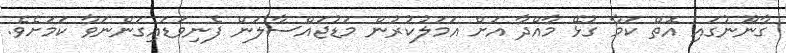
ގާނޫނުގައި އޮތް ކަމާ ގުޅޭ މާއްދާ އަށް އަމަލުކުރުން މަޑުޖައްސާލަން ފެނިވަޑައިގަންނަވާ ކަމަށެވެ.